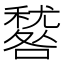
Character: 𥢑